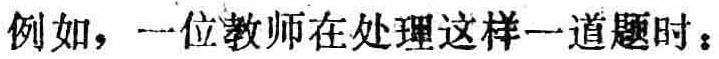
例如，一位教师在处理这样一道题时：